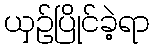
ယှဉ်ပြိုင်ခဲ့ရာ